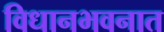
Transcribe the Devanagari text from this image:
विधानभवनात